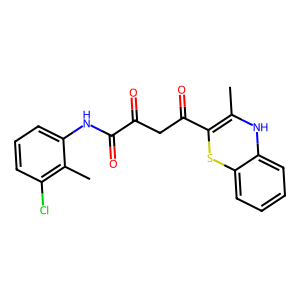
SMILES: CC1=C(C(=O)CC(=O)C(=O)Nc2cccc(Cl)c2C)Sc2ccccc2N1
Inhibits HIV replication: No